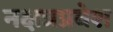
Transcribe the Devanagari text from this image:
नक्षत्रप्रवेश